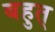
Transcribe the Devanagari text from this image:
बहुत्‌